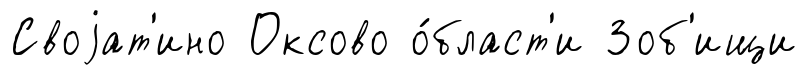
Своjат'ино Оксово о́бласт'и Зоб'ищи